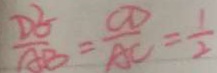
\frac { D O ^ { 2 } } { A B } = \frac { O D } { A C } = \frac { 1 } { 2 }